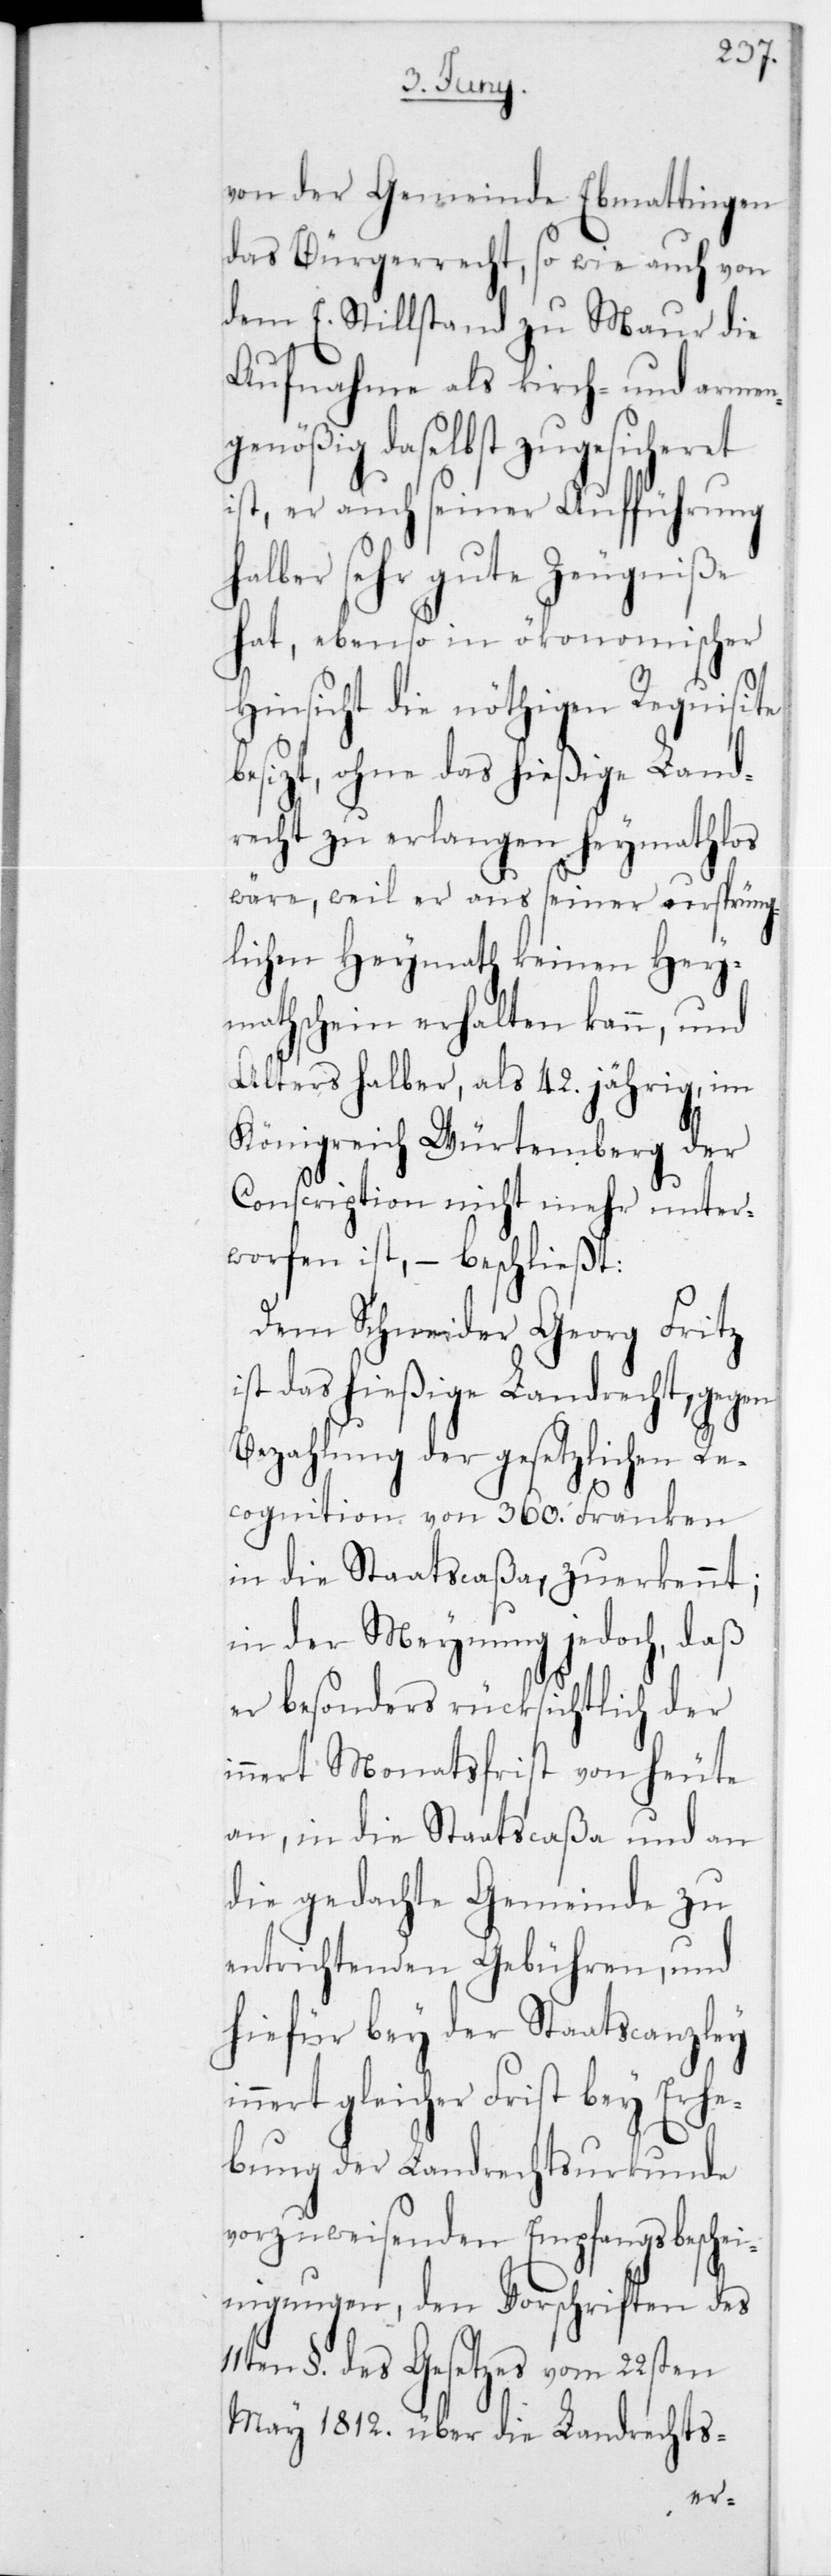
von der Gemeinde Ebmattingen
das Bürgerrecht, sowie auch von
dem E. Stillstand zu Maur die
Aufnahme als kirch- und armen¬
genößig daselbst zugesicheret
ist, er auch seiner Aufführung
alber sehr gute Zeugniße
hat, ebenso in ökonomischer
Hinsicht die nöthigen Requisite
besizt, ohne das hießige Land¬
recht zu erlangen heymathlos
wäre, weil er aus seiner ursprüng¬
lichen Heymath keinen Hey¬
mathschein erhalten kann, und
Altershalber, als 42 jährig, im
Königreich Würtemberg der
Conscription nicht mehr unter¬
worfen ist, – beschließt:
Dem Schneider Georg Fritz
ist das hießige Landrecht, gegen
Bezahlung der gesetzlichen Re¬
cognition von 360 Franken
in die Staatscaßa, zuerkennt;
in der Meynung jedoch, daß
er besonders rücksichtlich der
innert Monatsfrist von heute
an, in die Staatscaßa und an
die gedachte Gemeinde zu
entrichtenden Gebühren, und
hiefür bey der Staatscanzley
nert gleicher Frist bey Erhe¬
bung der Landrechtsurkunde
vorzuweisenden Empfangsbeschei¬
nigungen, den Vorschriften des
11ten § des Gesetzes vom 22sten
May 1812 über die Landrechts-
in¬